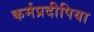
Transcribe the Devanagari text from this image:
कर्मप्रदीपिया